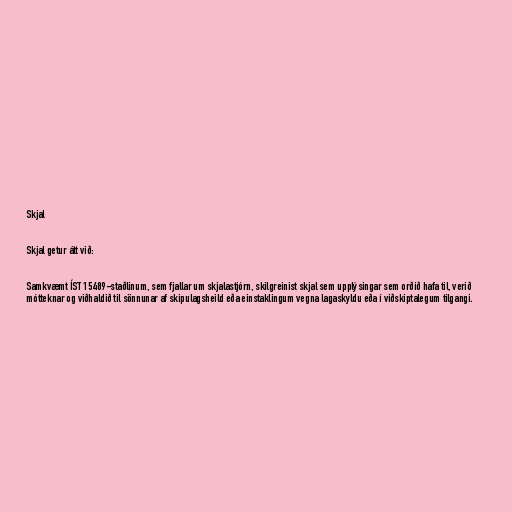
Skjal

Skjal getur átt við:

Samkvæmt ÍST 15489-staðlinum, sem fjallar um skjalastjórn, skilgreinist skjal sem upplýsingar sem orðið hafa til, verið
mótteknar og viðhaldið til sönnunar af skipulagsheild eða einstaklingum vegna lagaskyldu eða í viðskiptalegum tilgangi.